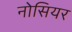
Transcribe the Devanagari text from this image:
नोसियर